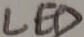
Text: LED